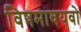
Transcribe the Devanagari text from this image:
विषमावयवो